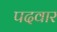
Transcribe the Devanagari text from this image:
पदवार